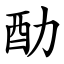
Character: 䣦